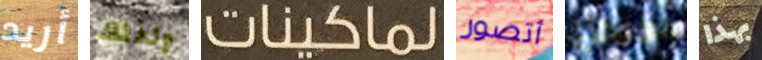
أريد ولذلك لماكينات أتصور الاجتماع بهذا